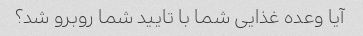
آیا وعده غذایی شما با تایید شما روبرو شد؟